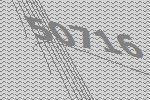
50716